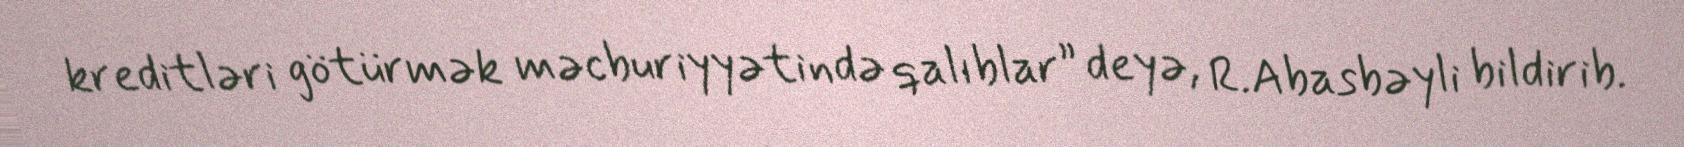
kreditləri götürmək məcburiyyətində qalıblar” deyə, R.Abasbəyli bildirib.